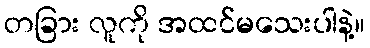
တခြား လူကို အထင်မသေးပါနဲ့။